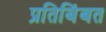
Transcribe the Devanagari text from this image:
प्रतिबिंबत